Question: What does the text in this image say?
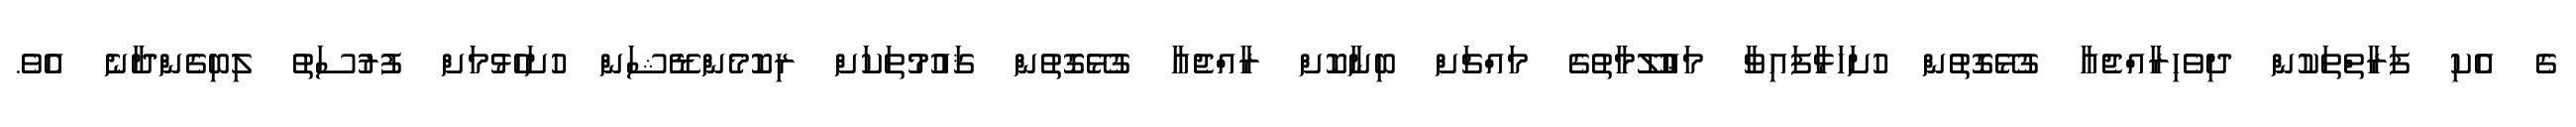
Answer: ގެ އެކި ފަރާތްތަކުން ދިވެހިރާއްޖެއާ ގުޅޭގޮތުން ހުށަހަޅާފައިވާ މަޢުލޫމާތުގެ މައްޗަށް ބިނާކޮށް ރާއްޖެއާ ގުޅޭގޮތުން ޤައުމުތަކަށް ރިކޮމެންޑޭޝަން ހުށަހެޅުމަށް ފުރުސަތު ލިބިގެންދާނެ އެވެ.